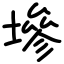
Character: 墋